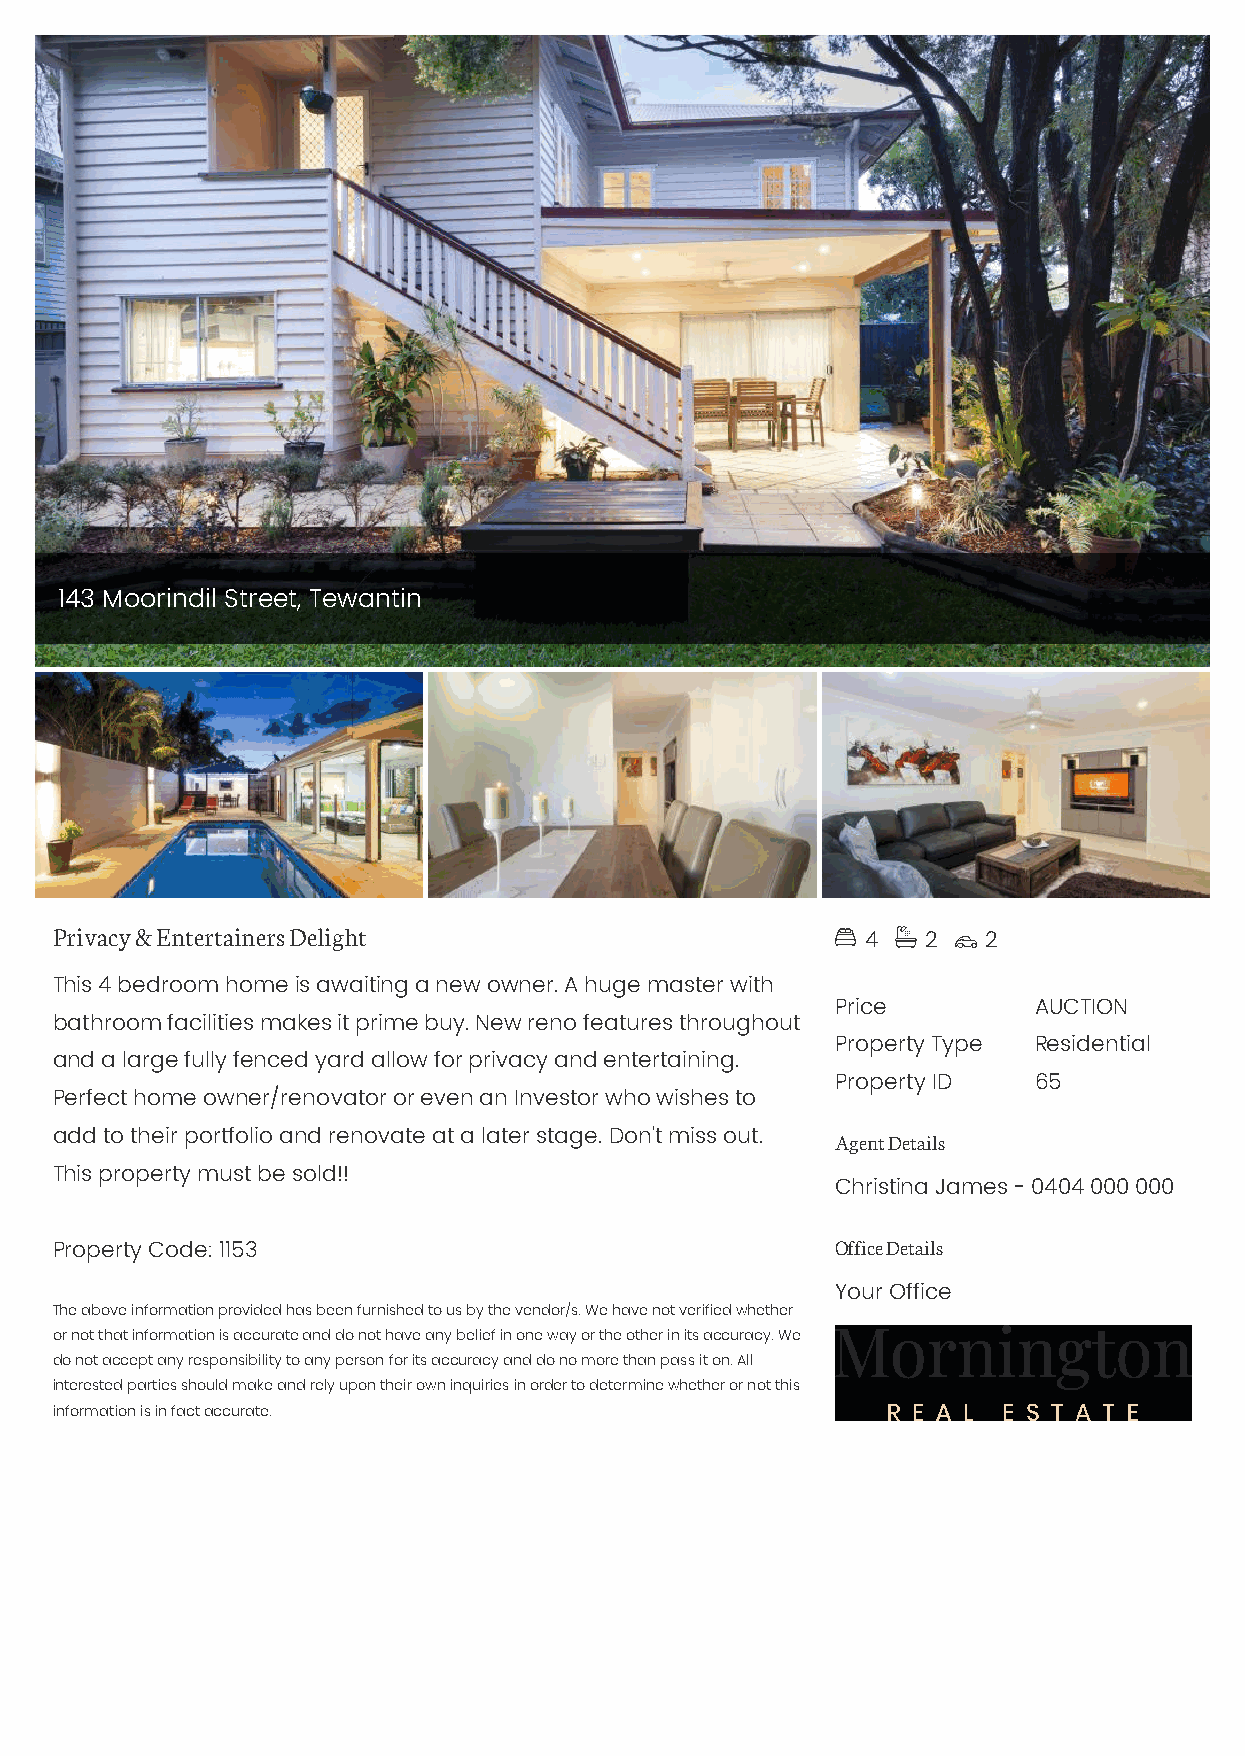
143 Moorindil Street, Tewantin
 Privacy & Entertainers Delight                            
 4   2   2
 This 4 bedroom home is awaiting a new owner. A huge master with
 Price         AUCTION
 bathroom facilities makes it prime buy. New reno features throughout
 Property Type Residential
 and a large fully fenced yard allow for privacy and entertaining.
 Property ID   65
 Perfect home owner/renovator or even an Investor who wishes to
 add to their portfolio and renovate at a later stage. Don't miss out. Agent Details
 This property must be sold!!
 Christina James - 0404 000 000
 Property Code: 1153                                 Office Details
 Your Office
 The above information provided has been furnished to us by the vendor/s. We have not verified whether
 or not that information is accurate and do not have any belief in one way or the other in its accuracy. We
 do not accept any responsibility to any person for its accuracy and do no more than pass it on. All
 interested parties should make and rely upon their own inquiries in order to determine whether or not this
 information is in fact accurate.